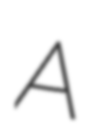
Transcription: A